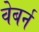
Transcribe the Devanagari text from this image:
वेबर्न